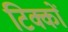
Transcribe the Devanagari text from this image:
टिक्कों